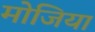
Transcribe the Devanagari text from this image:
मोजिया